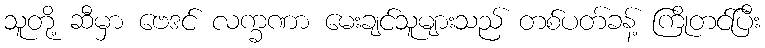
သူတို့ ဆီမှာ ဗေဒင် လက္ခဏာ မေးချင်သူများသည် တစ်ပတ်ခန့် ကြိုတင်ပြီး